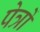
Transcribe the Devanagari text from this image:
पेत्रों